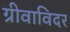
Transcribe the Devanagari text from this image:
ग्रीवाविदर